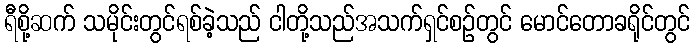
ရီစို့ဆက် သမိုင်းတွင်ရစ်ခဲ့သည် ငါတို့သည်အသက်ရှင်စဉ်တွင် မောင်တောခရိုင်တွင်